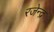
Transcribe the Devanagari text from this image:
रजेन्द्र